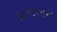
મળનારા